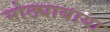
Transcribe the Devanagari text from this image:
मोठ्याबाया